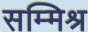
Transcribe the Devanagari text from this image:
सम्‍मिश्र